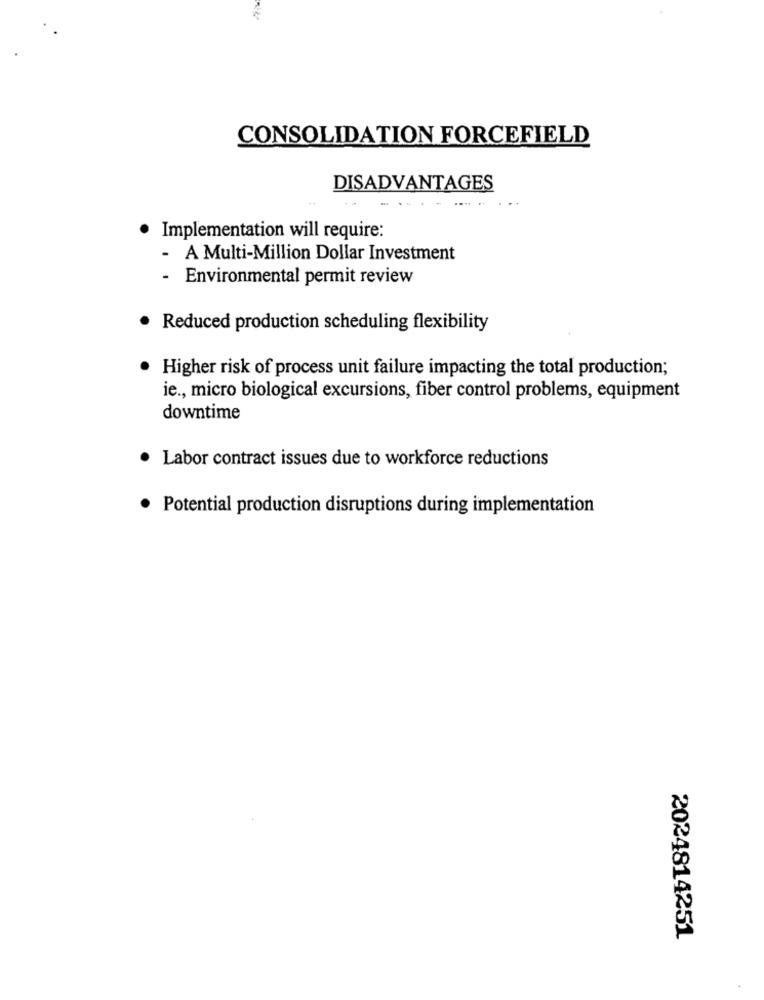
CONSOLIDATION FORCEFIELD
DISADVANTAGES
· Implementation will require:
- A Multi-Million Dollar Investment
- Environmental permit review
Reduced production scheduling flexibility
Higher risk of process unit failure impacting the total production;
ie ., micro biological excursions, fiber control problems, equipment
downtime
Labor contract issues due to workforce reductions
Potential production disruptions during implementation
2024814251